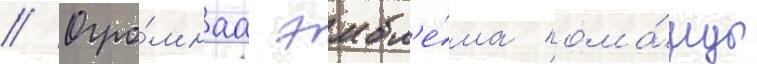
// Огро́мнаа эмбл'е́ма кома́нды